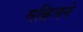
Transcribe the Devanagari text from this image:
सव्र्हिसने